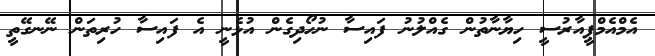
އެމްއެމްޕީއާރުސީ ހިޔާނާތުން ގެއްލުނު ފައިސާ ނުހޯދިގެން އުޅެނީ އެ ފައިސާ ހުރިތަން ނޭނގޭތީ